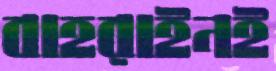
বাহরাইনই